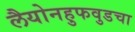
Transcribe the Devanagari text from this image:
लैयोनहुफवुडचा